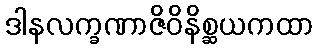
ဒါနလက္ခဏာဇိဝိနိစ္ဆယကထာ